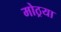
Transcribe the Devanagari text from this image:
मोठ्रया